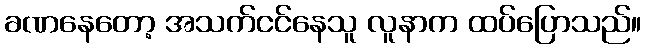
ခဏနေတော့ အသက်ငင်နေသူ လူနာက ထပ်ပြောသည်။